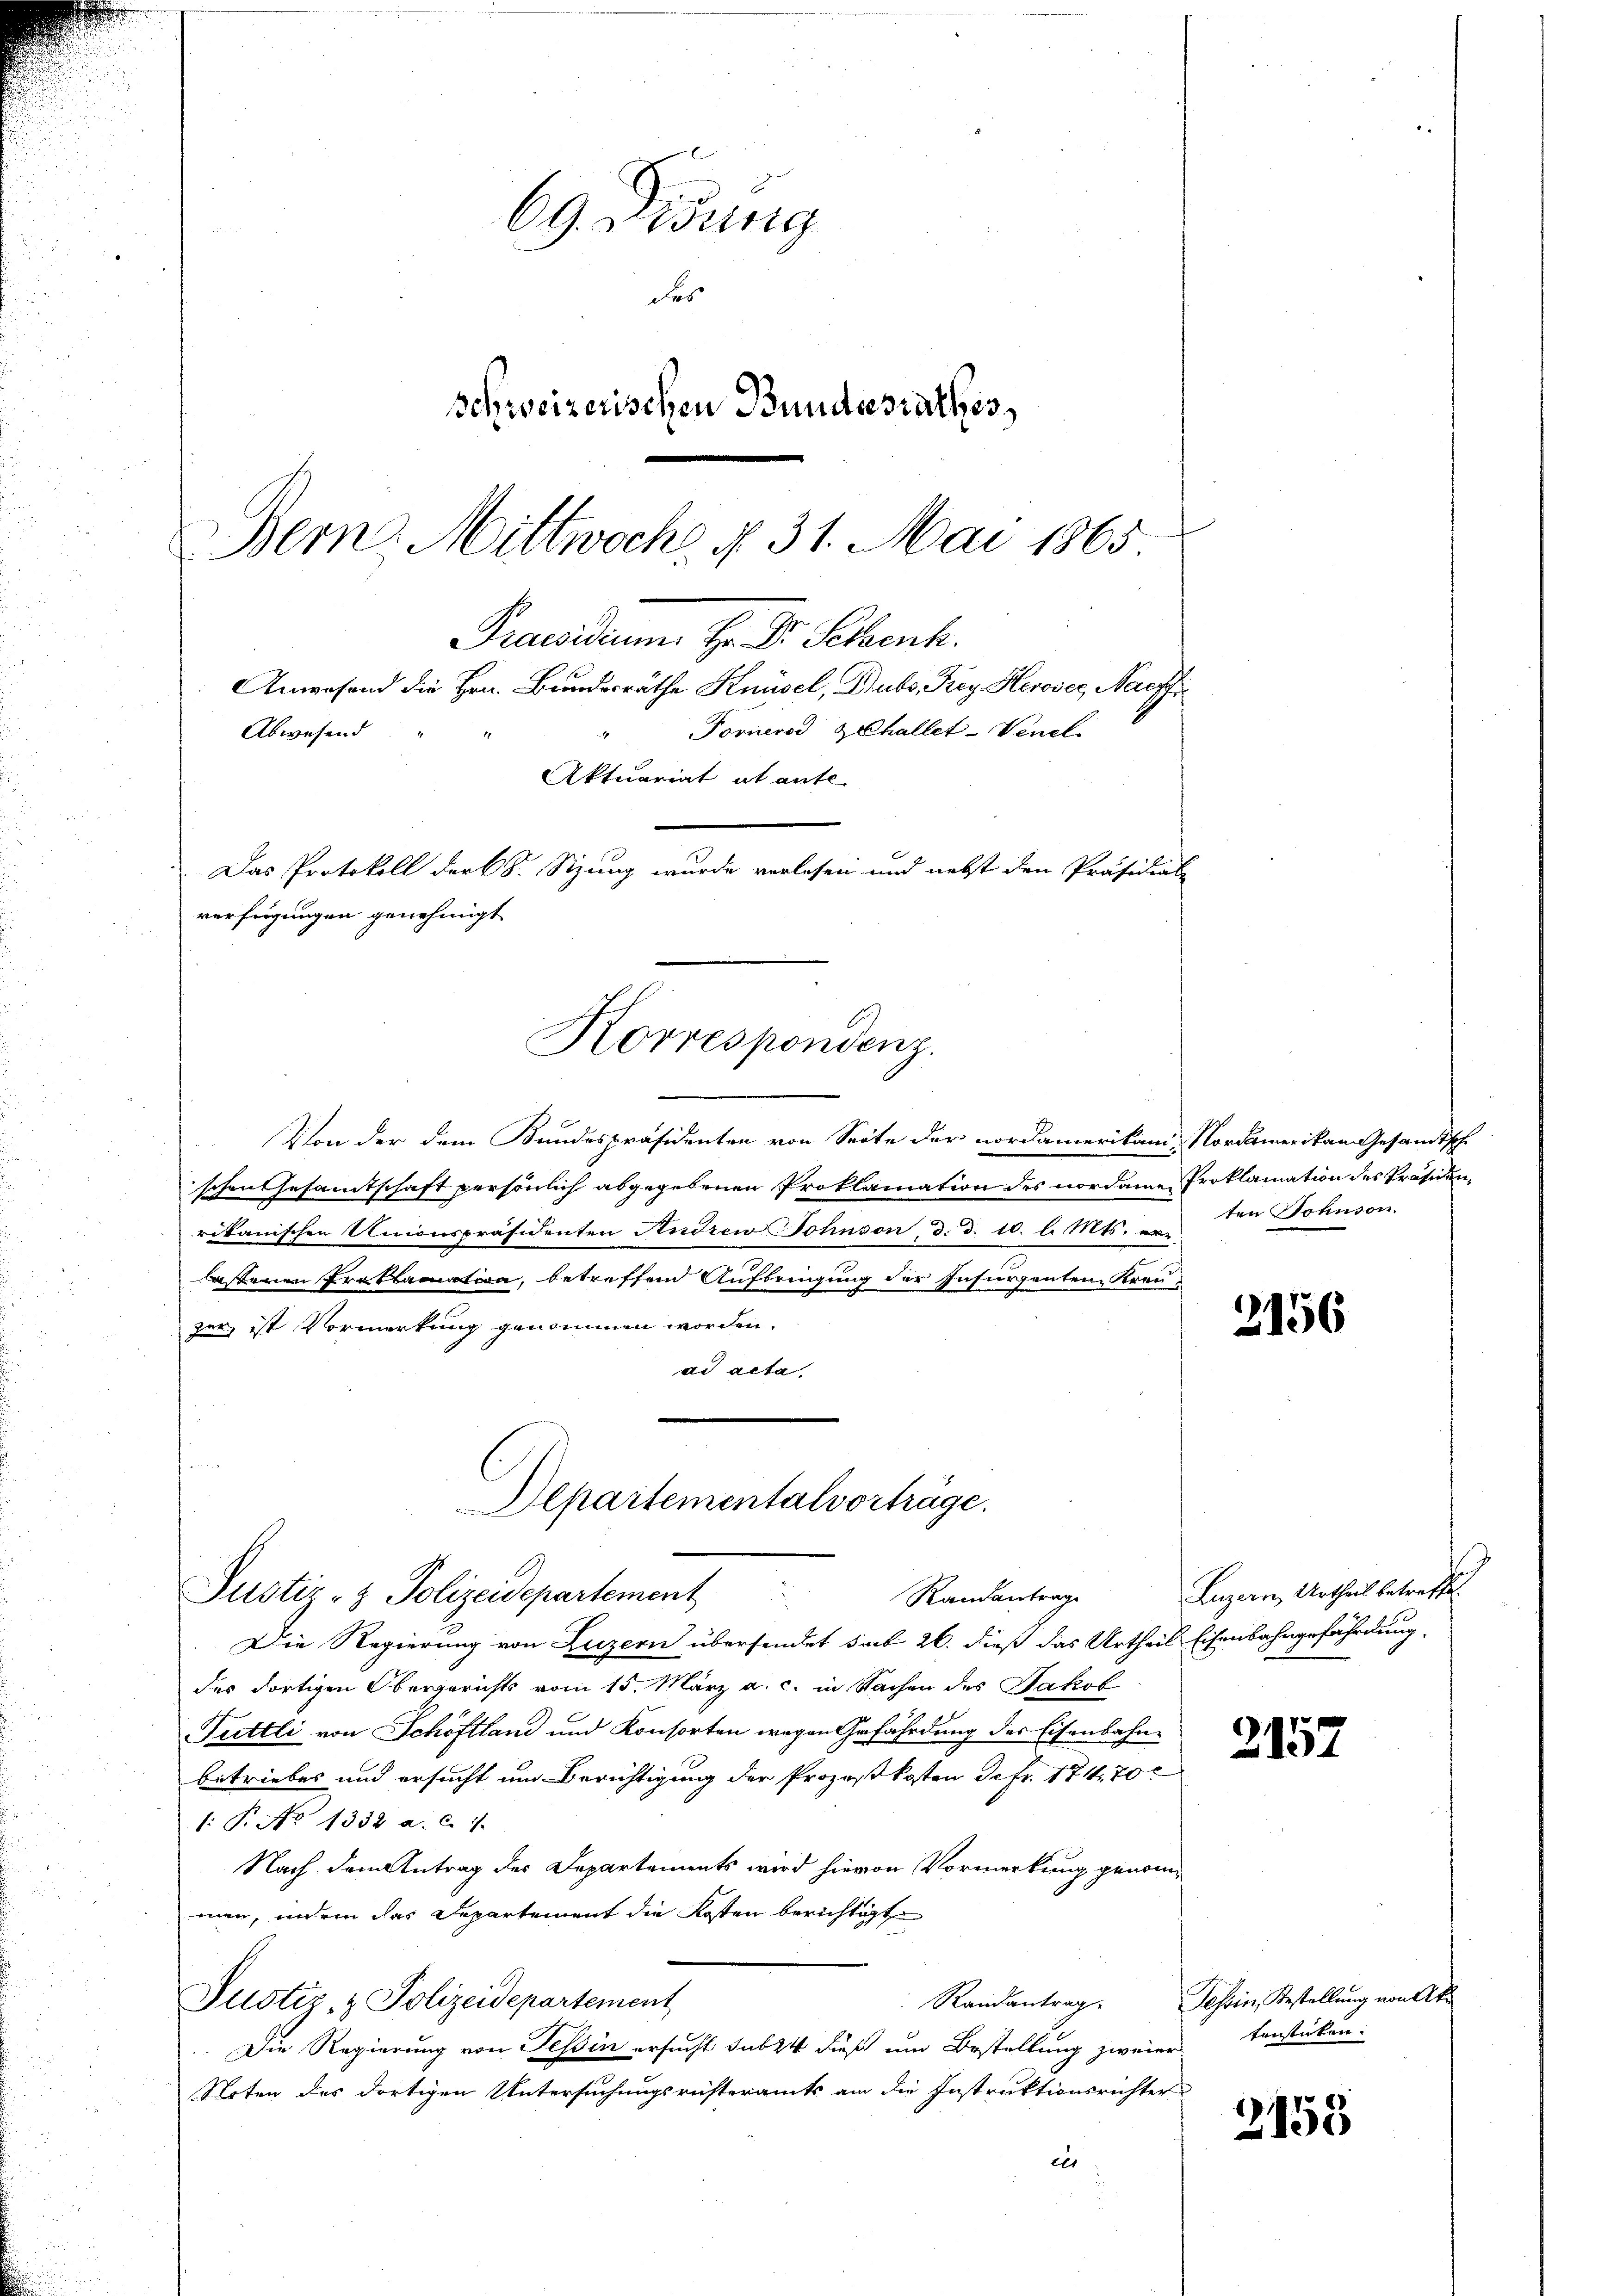
69 Didung
das
schweizerischen Bundesrathes
Bern, Mittwoch § 31. Mai 1865

" Forneros zehallet-Venel
Abwesend
Aktuariat it ante-
Das Protokoll der S. Sizung wurde vorlesen und nebst den Präsidial
verfügungen genehmigt
Korrespondenz.

Von der dem Bundespräsidenten von Seite der nordamerikam. Nordamerikan Gesandtsche
schen Gesamtschaft persönlich abgegebenen Proklamation des nordame Proklamation des Präsiden
rikanischen Unionspräsidenten Andrew Johnson, d. d. 10. l. Mts. erlassenen Proklamation, betreffend Aufbringung der Infurzenten Kreuzer, ist Vormerkung genommen worden.
ad acta.

Departementalvorträge.
Justiz- & Polizeidepartement
Randantrage

Praesidium H. Dr. Pelzenh
Anwesend die Hrn. Bundesräthe Knüsel, Dubs, Frey Heroser, Nachf

Die Regierung von Luzern übersendet sub 26. dieß das Urtheil Eisenbahngefährdung
des dortigen Obergerichts vom 15. März a. c. in Sachen des Jakob
Tuttli von Schöftland und Konsorten wegen Gefährdung des Eisenbahnbetriebes und ersucht um Berichtigung der Prozeßkosten de fr. 174, 70
: P. No 1338 a. c. 7.
Nach dem Antrag der Departements wird hievon Vormerkung genommen, indem das Departement die Kosten berichtigt
Justiz- & Polizeidepartement
Randantrag.
Die Regierung von Tessin ersucht sub 24 dieß um Bestellung zweier versticken.
Noten des dortigen Untersuchungsrüsteramts am die Instruktionsrichter
eer

ten Sohnson.

2156

Luzern, Urtheil betreffe

2157

Tessin, Bestellung von At¬

2158